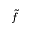
\tilde { f }